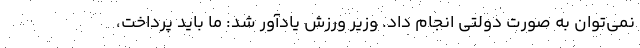
نمی‌توان به صورت دولتی انجام داد. وزیر ورزش یادآور شد: ما باید پرداخت،